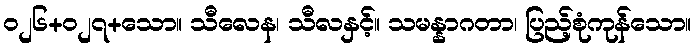
ဝ၂၆+၀၂၇+သော။ သီလေန၊ သီလနှင့်။ သမန္နာဂတာ၊ ပြည့်စုံကုန်သော။